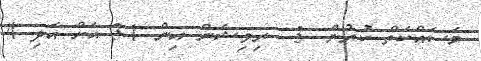
މަސައްކަތް ކުރުން .3  ރިވިޝަން އިން 3.1 އަށް އަދި 4